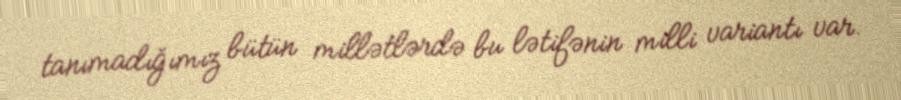
tanımadığımız bütün millətlərdə bu lətifənin milli variantı var.